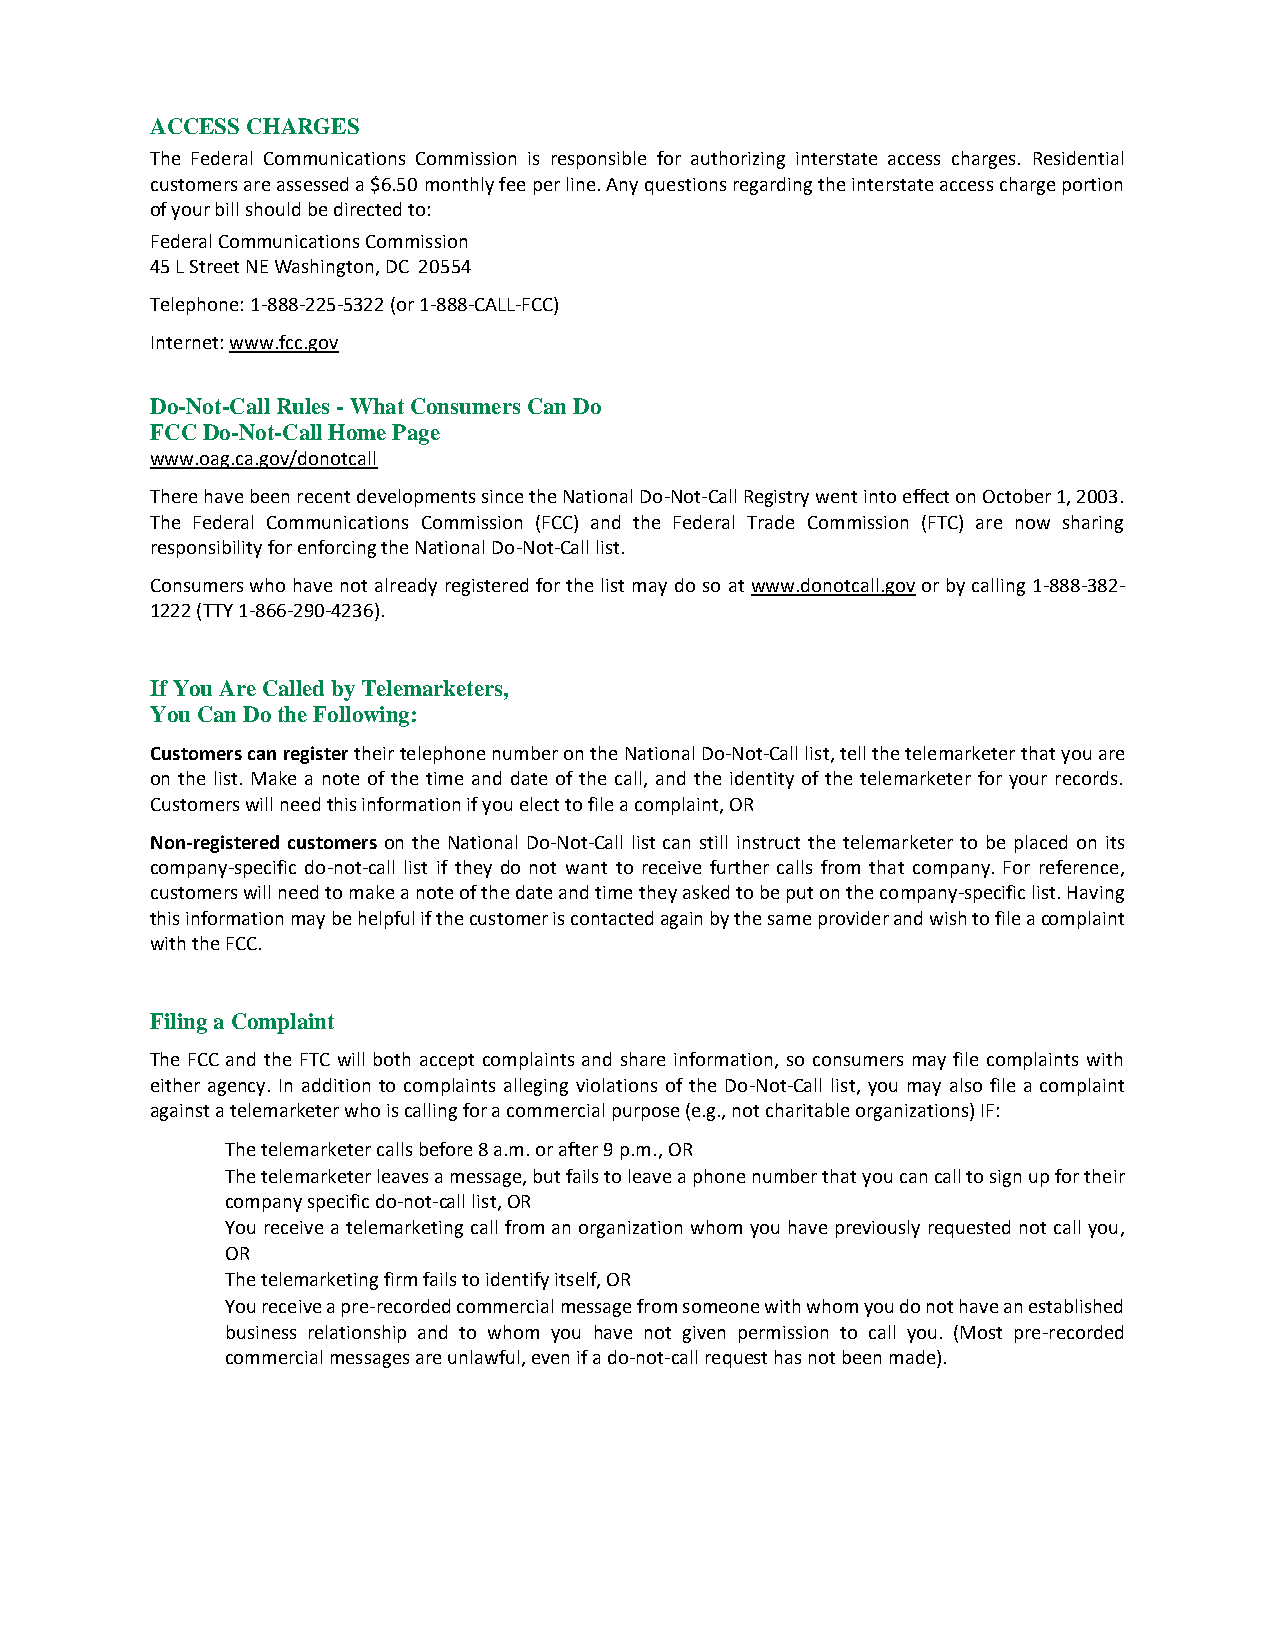
ACCESS CHARGES
 The Federal Communications Commission is responsible for authorizing interstate access charges. Residential
 customers are assessed a $6.50 monthly fee per line. Any questions regarding the interstate access charge portion
 of your bill should be directed to:
 Federal Communications Commission
 45 L Street NE Washington, DC 20554
 Telephone: 1-888-225-5322 (or 1-888-CALL-FCC)
 Internet: www.fcc.gov
 Do-Not-Call Rules - What Consumers Can Do
 FCC Do-Not-Call Home Page
 www.oag.ca.gov/donotcall
 There have been recent developments since the National Do-Not-Call Registry went into effect on October 1, 2003.
 The Federal Communications Commission (FCC) and the Federal Trade Commission (FTC) are now sharing
 responsibility for enforcing the National Do-Not-Call list.
 Consumers who have not already registered for the list may do so at www.donotcall.gov or by calling 1-888-382-
 1222 (TTY 1-866-290-4236).
 If You Are Called by Telemarketers,
 You Can Do the Following:
 Customers can register their telephone number on the National Do-Not-Call list, tell the telemarketer that you are
 on the list. Make a note of the time and date of the call, and the identity of the telemarketer for your records.
 Customers will need this information if you elect to file a complaint, OR
 Non-registered customers on the National Do-Not-Call list can still instruct the telemarketer to be placed on its
 company-specific do-not-call list if they do not want to receive further calls from that company. For reference,
 customers will need to make a note of the date and time they asked to be put on the company-specific list. Having
 this information may be helpful if the customer is contacted again by the same provider and wish to file a complaint
 with the FCC.
 Filing a Complaint
 The FCC and the FTC will both accept complaints and share information, so consumers may file complaints with
 either agency. In addition to complaints alleging violations of the Do-Not-Call list, you may also file a complaint
 against a telemarketer who is calling for a commercial purpose (e.g., not charitable organizations) IF:
 The telemarketer calls before 8 a.m. or after 9 p.m., OR
 The telemarketer leaves a message, but fails to leave a phone number that you can call to sign up for their
 company specific do-not-call list, OR
 You receive a telemarketing call from an organization whom you have previously requested not call you,
 OR
 The telemarketing firm fails to identify itself, OR
 You receive a pre-recorded commercial message from someone with whom you do not have an established
 business relationship and to whom you have not given permission to call you. (Most pre-recorded
 commercial messages are unlawful, even if a do-not-call request has not been made).